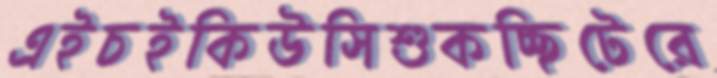
এইচইকিউসিশুকচ্ছিটেরে